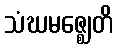
သံဃမဇ္ဈေတိ